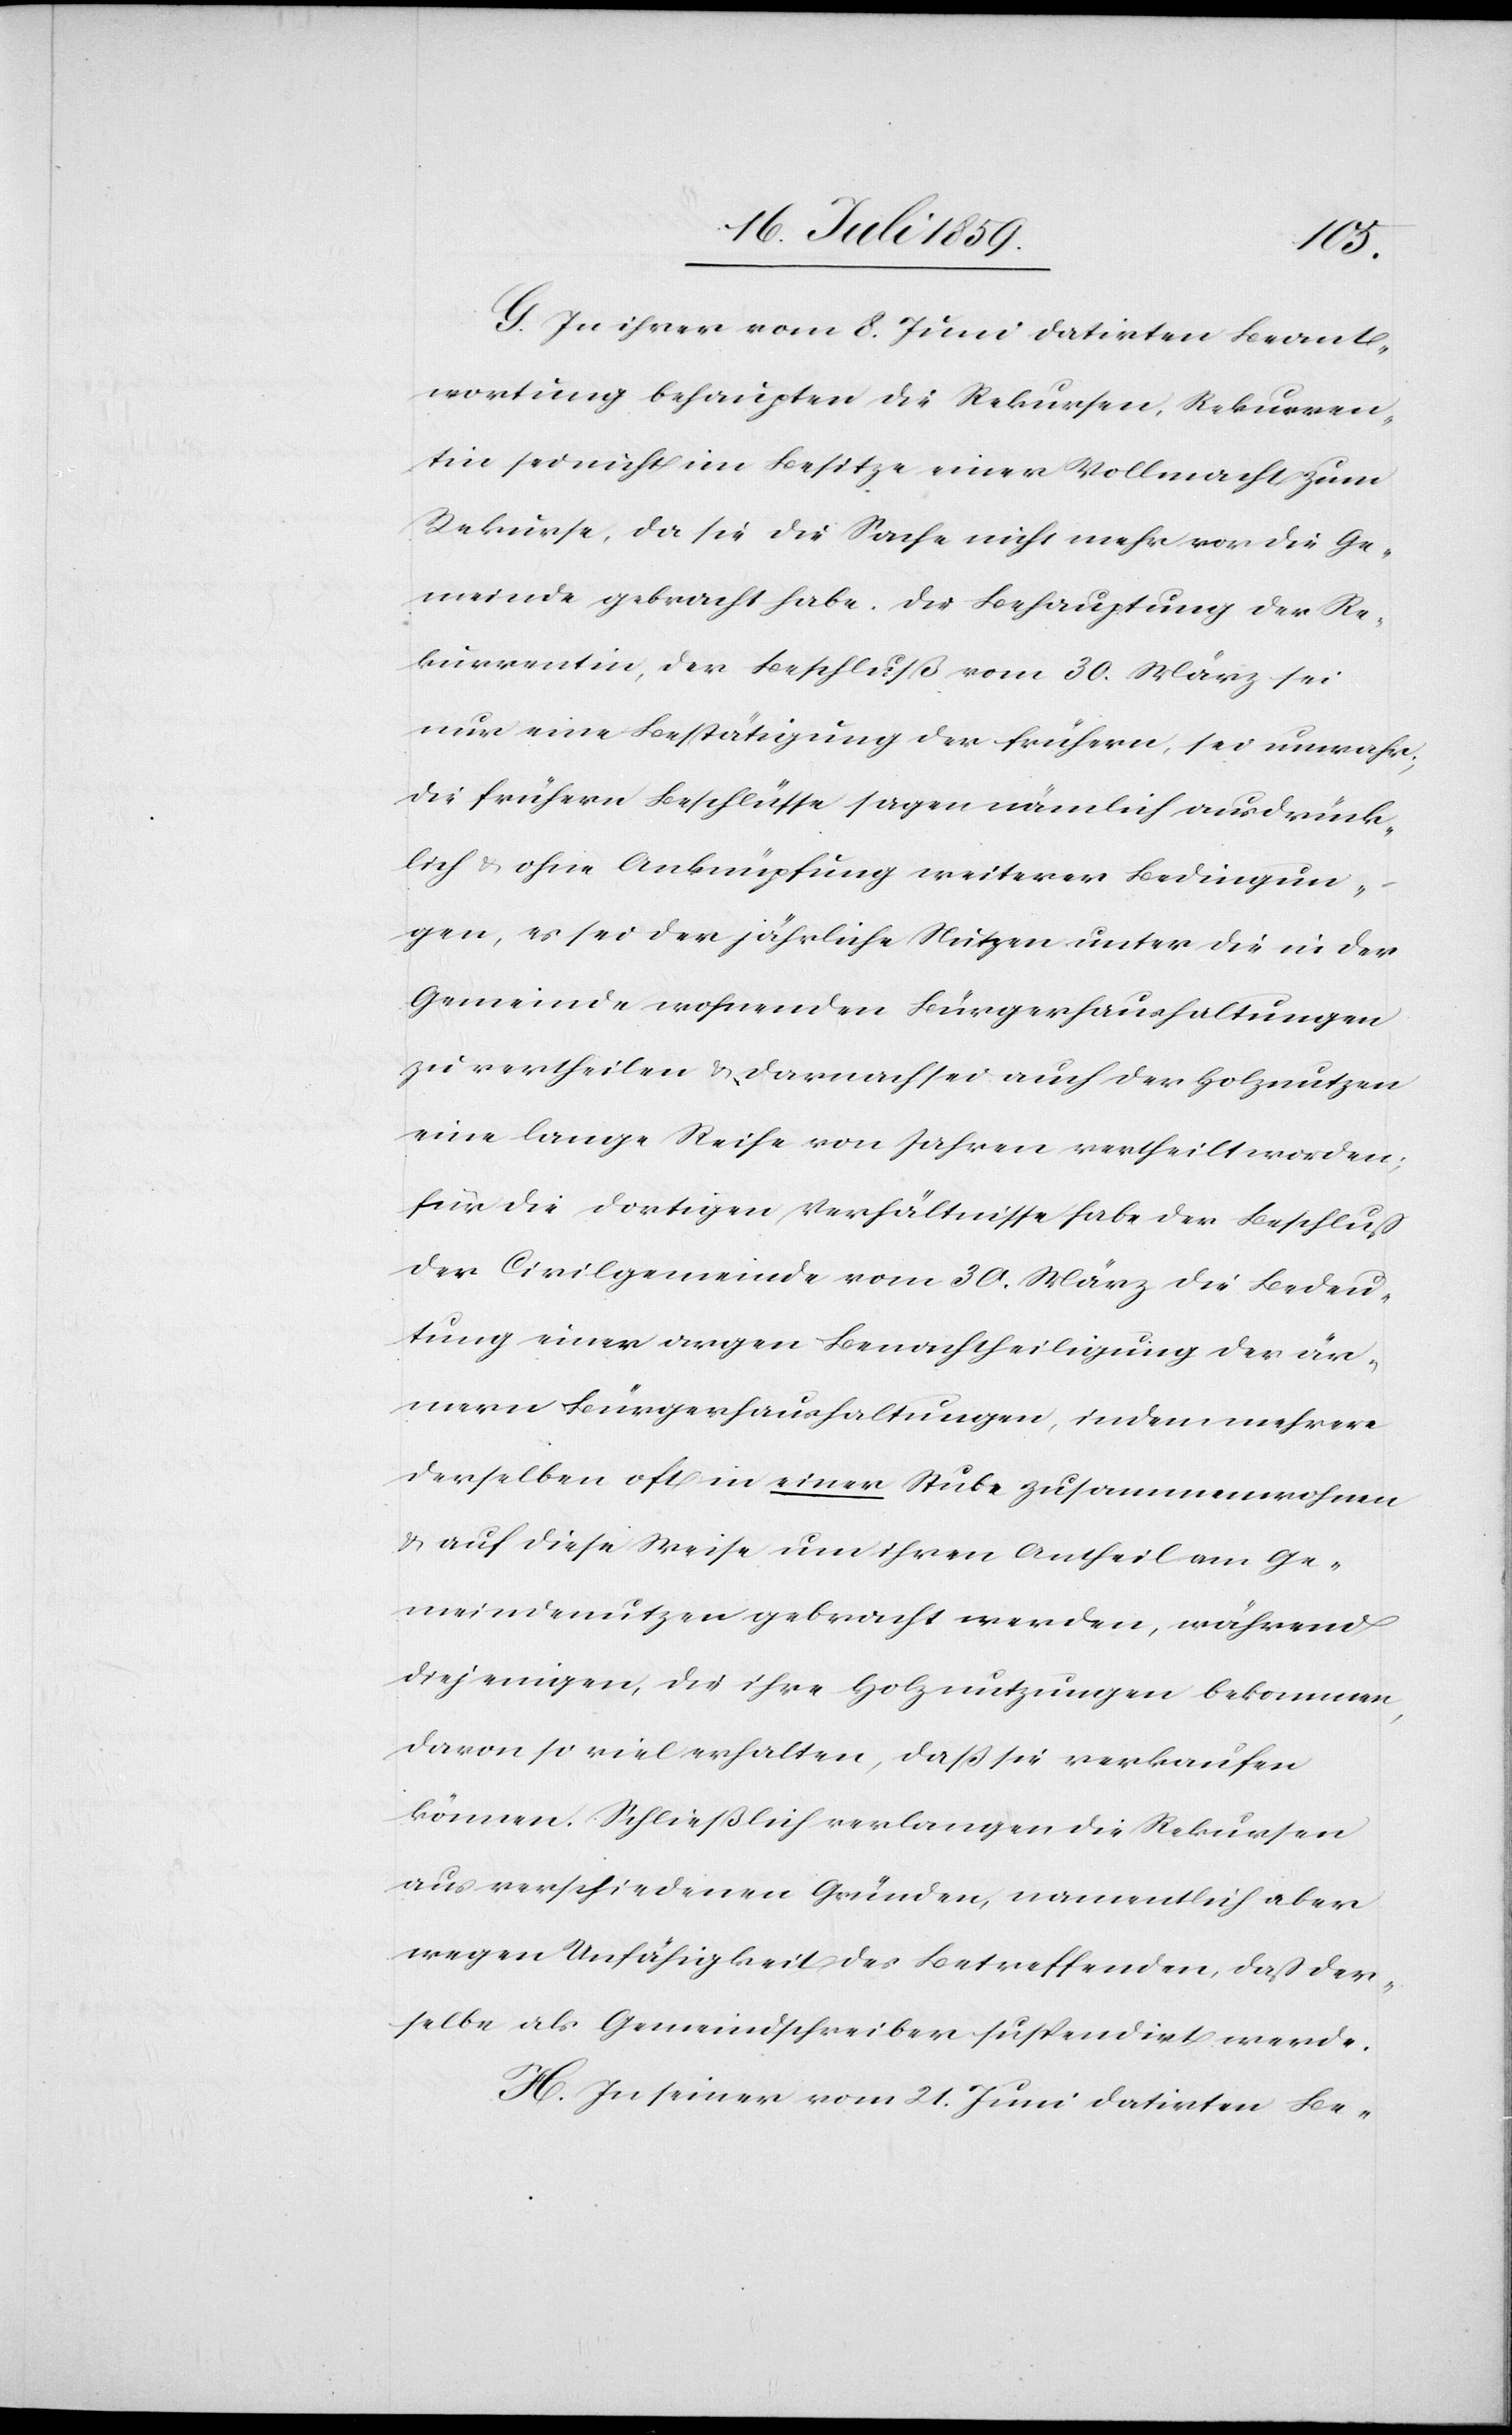
G. In ihrer vom 8. Juni datirten Beant¬
wortung behaupten die Rekursen, Rekurren¬
tin sei nicht im besitze einer Vollmacht zum
Rekurse, da sie die Sache nicht mehr vor die Ge¬
meinde gebracht habe. Die Behauptung der Re¬
kurrentin, der Beschluß vom 30. März sei
nur eine Bestätigung der frühern, sei unwahr;
die frühern Beschlüsse sagen nämlich ausdrück¬
lich u. ohne Anknüpfung weiterer Bedingun¬
gen, es sei der jährliche Nutzen unter die in der
Gemeinde wohnenden Bürgerhaushaltungen
zu vertheilen u. darnach sei auch der Holznutzen
eine lange Reihe von Jahren vertheilt worden;
für die dortigen Verhältnisse habe der Beschluß
der Civilgemeinde vom 30. März die Bedeu¬
tung einer argen Benachtheiligung der är¬
mern Bürgerhaushaltungen, indem mehrere
derselben oft in einer Stube zusammenwohnen
u. auf diese Weise um ihren Antheil am Ge¬
meindenutzen gebracht werden, während
diejenigen, die ihre Holznutzungen bekommen,
davon so viel erhalten, daß sie verkaufen
können. Schließlich verlangen die Rekursen
aus verschiedenen Gründen, namentlich aber
wegen Unfähigkeit des betreffenden, daß der¬
selbe als Gemeindschreiber suspendirt werde.
H. In seiner vom 21. Juni datirten Be-